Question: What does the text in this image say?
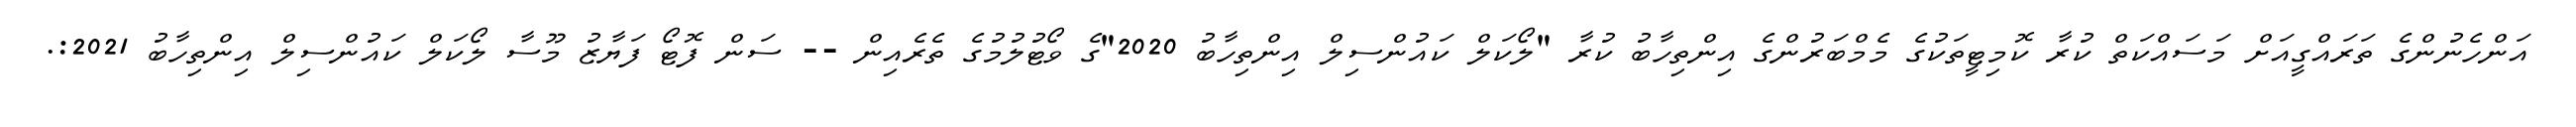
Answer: އަންހެނުންގެ ތަރައްގީއަށް މަސައްކަތް ކުރާ ކޮމިޓީތަކުގެ މެމްބަރުންގެ އިންތިހާބު ކުރާ "ލޯކަލް ކައުންސިލް އިންތިހާބު 2020"ގެ ވޯޓުލުމުގެ ތެރެއިން -- ސަން ފޮޓޯ ފަޔާޒު މޫސާ ލޯކަލް ކައުންސިލް އިންތިހާބު 2021:.